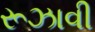
રૂઝાવી